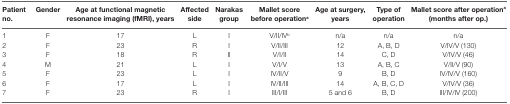
| Patient no. | Gender | Age at functional magnetic resonance imaging (fMRI), years | Affected side | Narakas group | Mallet score before operationa | Age at surgery, years | Type of operation | Mallet score after operationa (months after op.) |
 | --- | --- | --- | --- | --- | --- | --- | --- | --- |
 | 1 | F | 17 | L | I | V/II/IVb | n/a | n/a | n/a |
 | 2 | F | 23 | R | I | V/II/III | 12 | A, B, D | V/IV/V (130) |
 | 3 | F | 18 | R | II | V/I/II | 14 | C, D | V/IV/V (46) |
 | 4 | M | 21 | L | I | V/I/V | 13 | A, B, C | V/II/V (90) |
 | 5 | F | 23 | L | I | IV/II/V | 9 | B, D | IV/IV/V (160) |
 | 6 | F | 17 | L | I | IV/II/III | 14 | A, B, C, D | V/IV/V (36) |
 | 7 | F | 23 | R | I | III/I/III | 5 and 6 | B, D | III/IV/IV (200) |